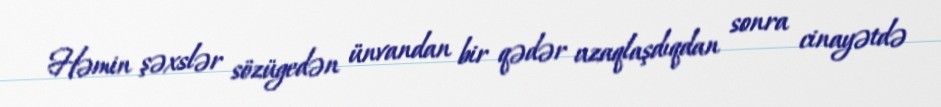
Həmin şəxslər sözügedən ünvandan bir qədər uzaqlaşdıqdan sonra cinayətdə